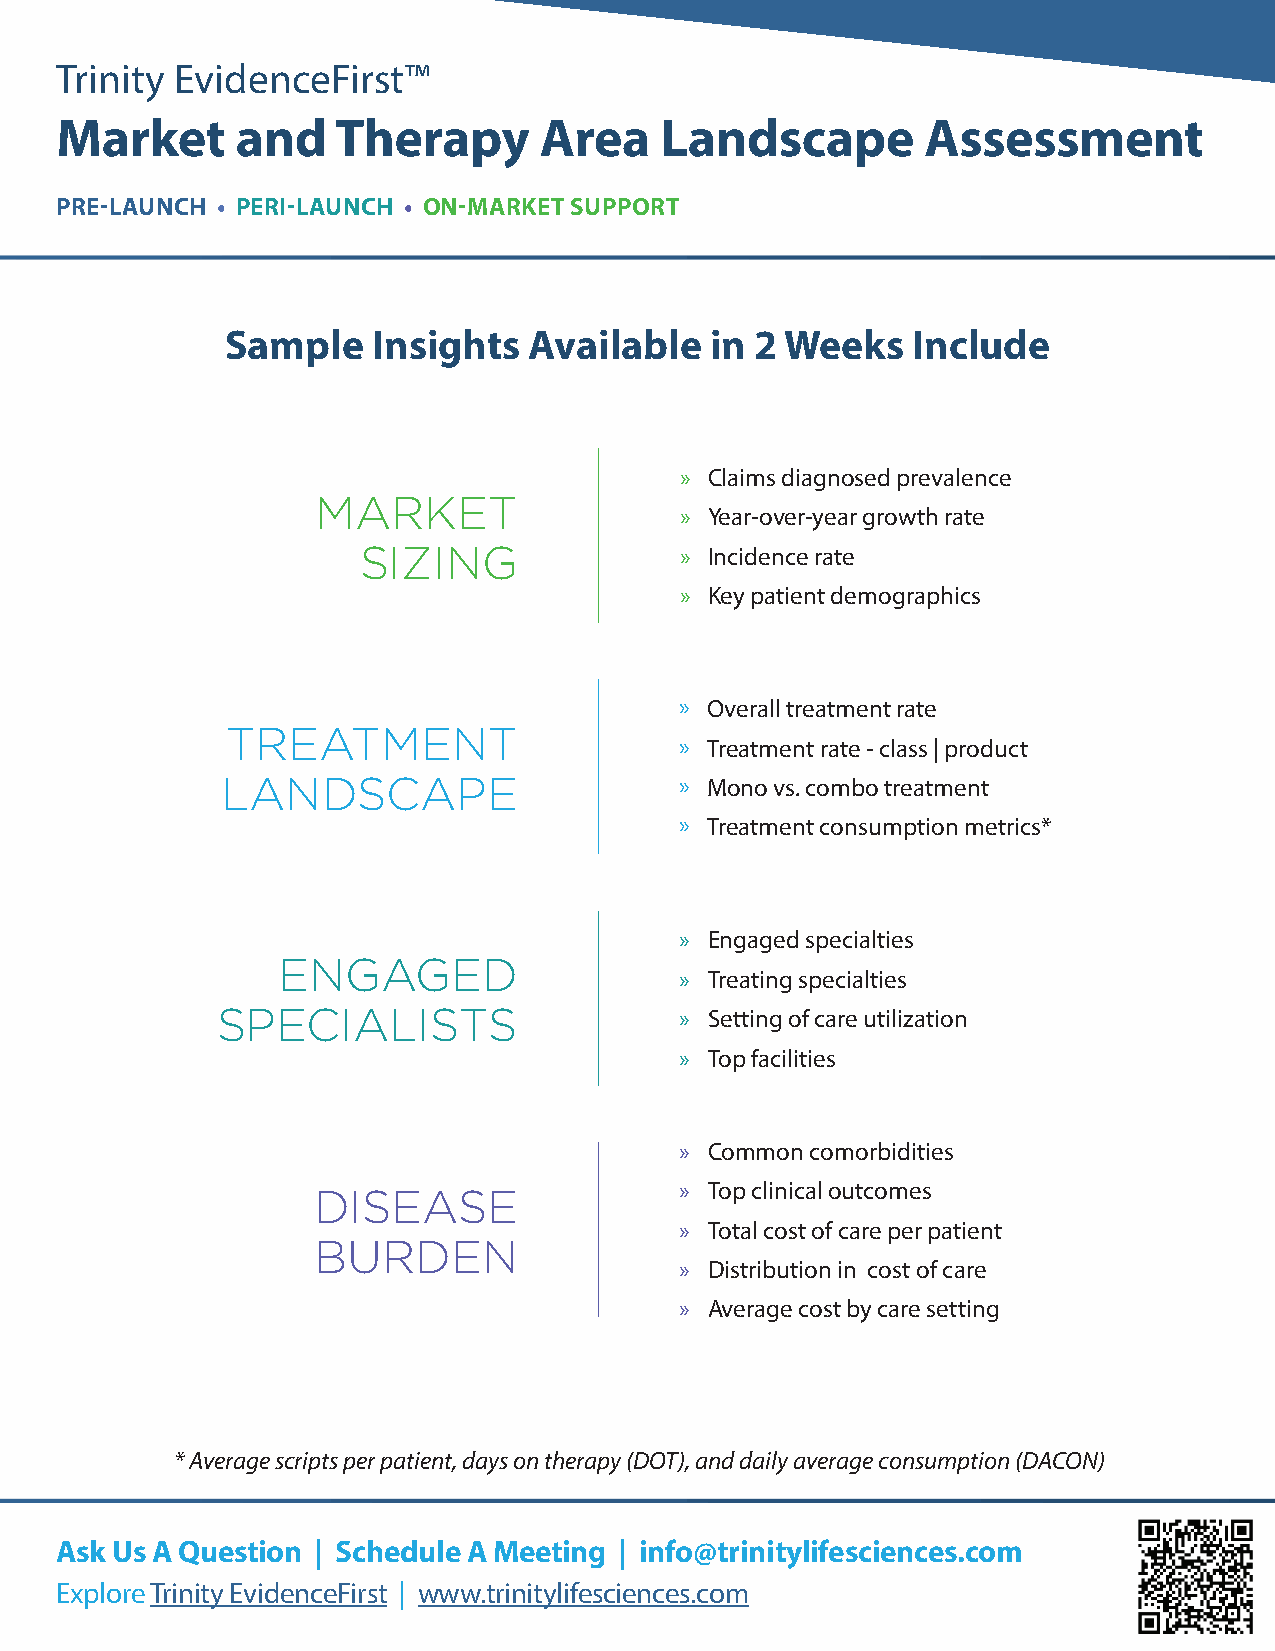
Trinity EvidenceFirst™
 Market      and   Therapy       Area    Landscape        Assessment
 PRE-LAUNCH • PERI-LAUNCH • ON-MARKET SUPPORT
 Sample    Insights  Available   in 2 Weeks   Include
 » Claims diagnosed prevalence
 MARKET
 » Year-over-year growth rate
 SIZING               » Incidence rate
 » Key patient demographics
 » Overall treatment rate
 TREATMENT
 » Treatment rate - class | product
 LANDSCAPE                     » Mono vs. combo treatment
 » Treatment consumption metrics*
 » Engaged specialties
 ENGAGED
 » Treating specialties
 SPECIALISTS                    » Setting of care utilization
 » Top facilities
 » Common comorbidities
 » Top clinical outcomes
 DISEASE
 » Total cost of care per patient
 BURDEN
 » Distribution in cost of care
 » Average cost by care setting
 * Average scripts per patient, days on therapy (DOT), and daily average consumption (DACON)
 Ask Us A Question | Schedule A Meeting | info@trinitylifesciences.com
 Explore Trinity EvidenceFirst | www.trinitylifesciences.com